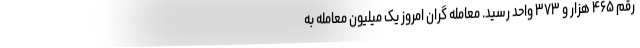
رقم ۴۶۵ هزار و ۳۷۳ واحد رسید. معامله گران امروز یک میلیون معامله به